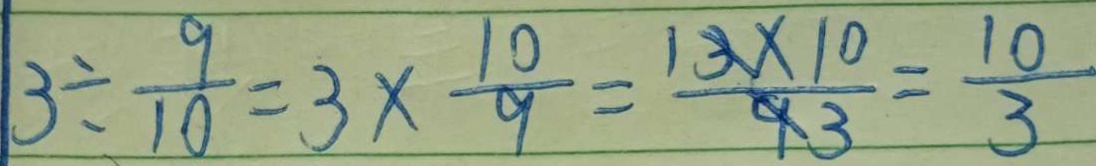
3 \div \frac { 9 } { 1 0 } = 3 \times \frac { 1 0 } { 9 } = \frac { 1 3 \times 1 0 } { 9 3 } = \frac { 1 0 } { 3 }